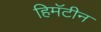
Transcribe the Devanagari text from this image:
हिमॅटीन